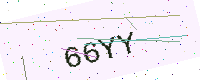
Text: 66YY